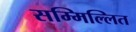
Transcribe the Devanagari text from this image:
सम्मिल्लित